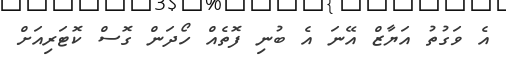
އެ ވަގުތު އަޔާޒް އޭނަ އެ ބުނި ފޮތެއް ހޯދަން ގޮސް ކޮޓަރިއަށް